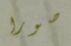
صورا